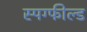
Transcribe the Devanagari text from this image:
स्पिंग्फील्ड